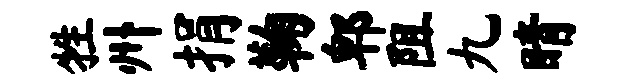
牲州捐鞠郫阻九睛